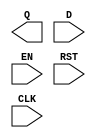
module Dflip_4bit(Q, D, EN, RST, CLK);
	input CLK, RST, EN;
	input [3:0] D;
	
	output [3:0] Q;

	wire [3:0] W1;
endmodule